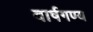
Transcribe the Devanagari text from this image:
वार्षगण्य